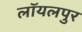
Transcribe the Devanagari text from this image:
लॉयलपुर